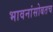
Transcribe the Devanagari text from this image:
भावनांसोबतच